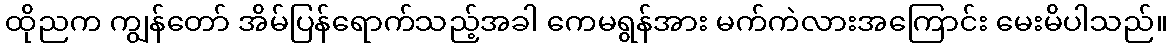
ထိုညက ကျွန်တော် အိမ်ပြန်ရောက်သည့်အခါ ကေမရွန်အား မက်ကဲလားအကြောင်း မေးမိပါသည်။